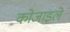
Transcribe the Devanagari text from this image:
कोजाइले